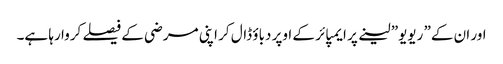
اور ان کے” ریویو” لینے پر ایمپائر کے اوپر دباؤ ڈال کر اپنی مرضی کے فیصلے کروا رہا ہے۔